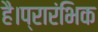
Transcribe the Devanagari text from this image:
है।प्रारंभिक